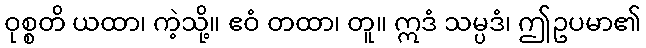
ဝုစ္စတိ ယထာ၊ ကဲ့သို့။ ဧဝံ တထာ၊ တူ။ ဣဒံ သမ္ပဒံ၊ ဤဥပမာ၏